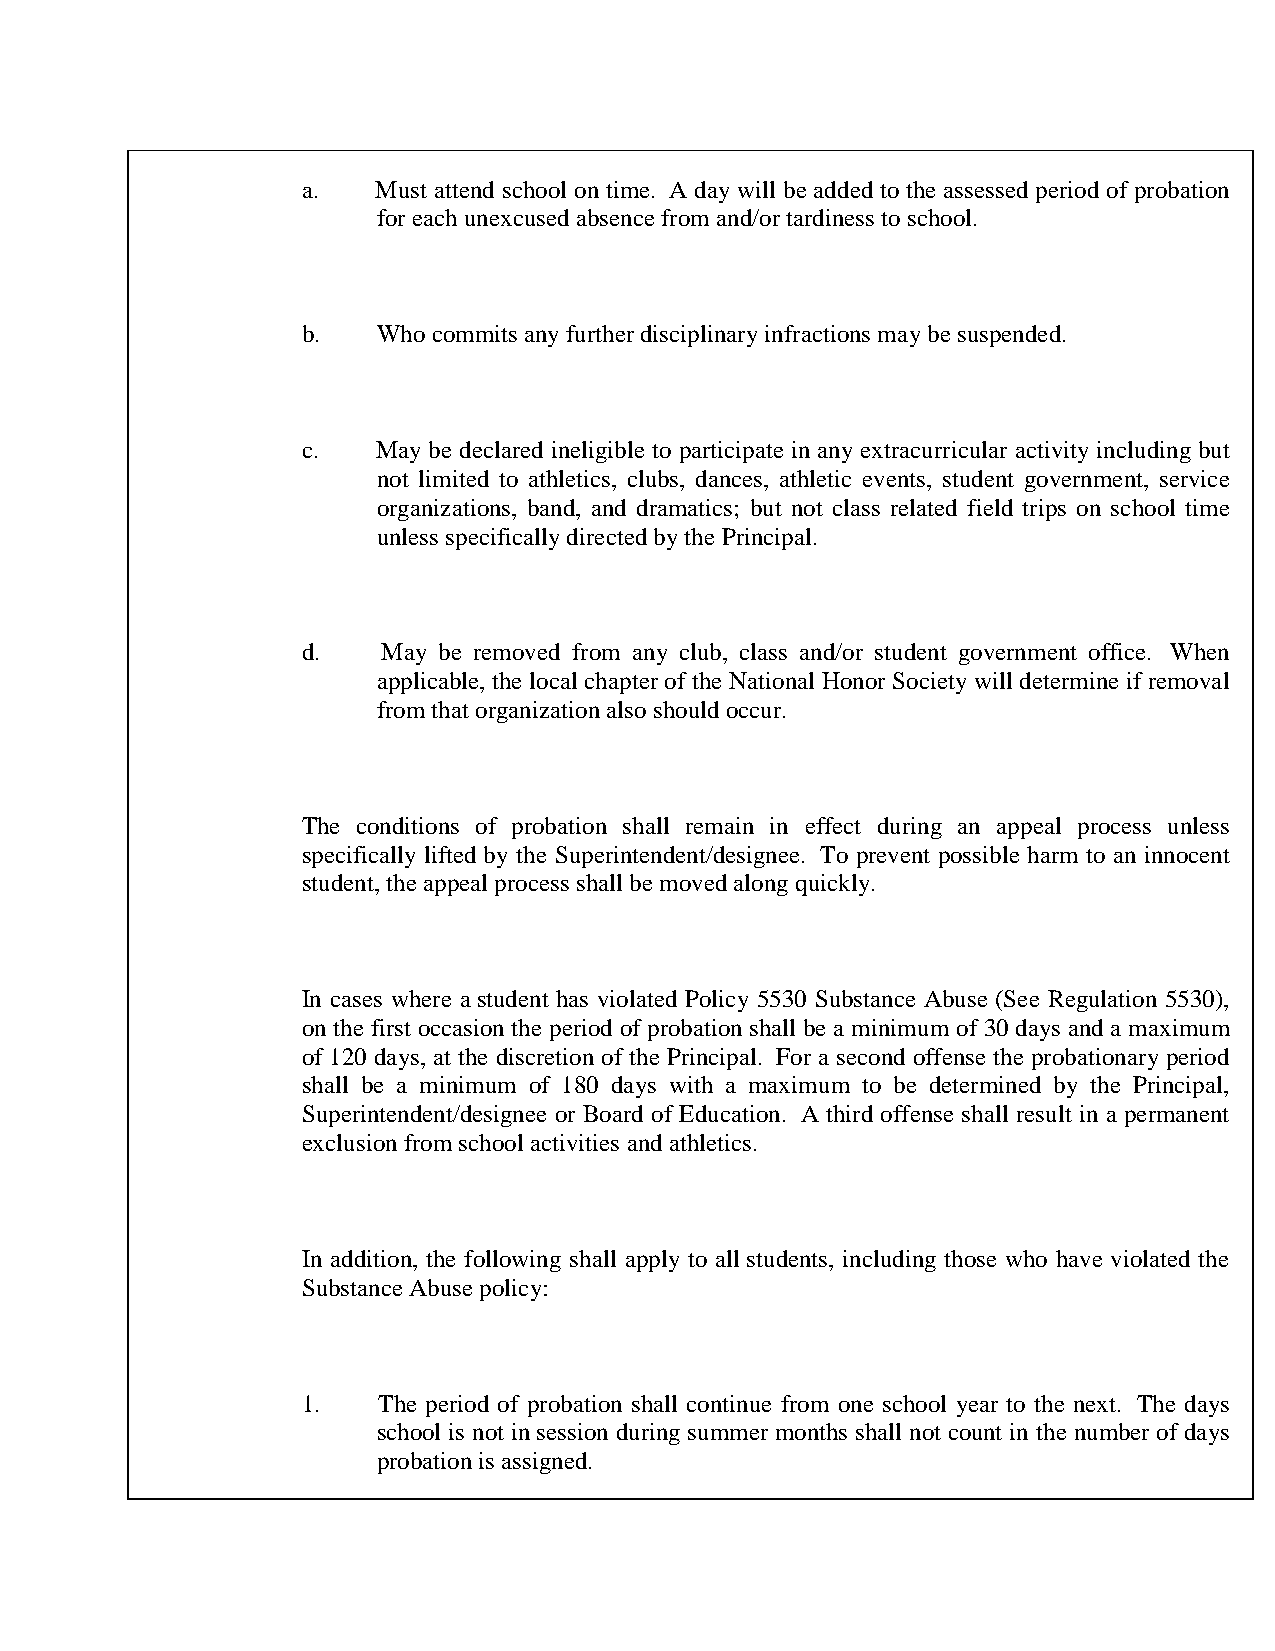
a.   Must attend school on time. A day will be added to the assessed period of probation
 for each unexcused absence from and/or tardiness to school.
 b.   Who commits any further disciplinary infractions may be suspended.
 c.   May be declared ineligible to participate in any extracurricular activity including but
 not limited to athletics, clubs, dances, athletic events, student government, service
 organizations, band, and dramatics; but not class related field trips on school time
 unless specifically directed by the Principal.
 d.   May be removed from any club, class and/or student government office. When
 applicable, the local chapter of the National Honor Society will determine if removal
 from that organization also should occur.
 The conditions of probation shall remain in effect during an appeal process unless
 specifically lifted by the Superintendent/designee. To prevent possible harm to an innocent
 student, the appeal process shall be moved along quickly.
 In cases where a student has violated Policy 5530 Substance Abuse (See Regulation 5530),
 on the first occasion the period of probation shall be a minimum of 30 days and a maximum
 of 120 days, at the discretion of the Principal. For a second offense the probationary period
 shall be a minimum of 180 days with a maximum to be determined by the Principal,
 Superintendent/designee or Board of Education. A third offense shall result in a permanent
 exclusion from school activities and athletics.
 In addition, the following shall apply to all students, including those who have violated the
 Substance Abuse policy:
 1.   The period of probation shall continue from one school year to the next. The days
 school is not in session during summer months shall not count in the number of days
 probation is assigned.